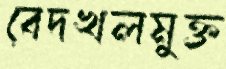
বেদখলমুক্ত